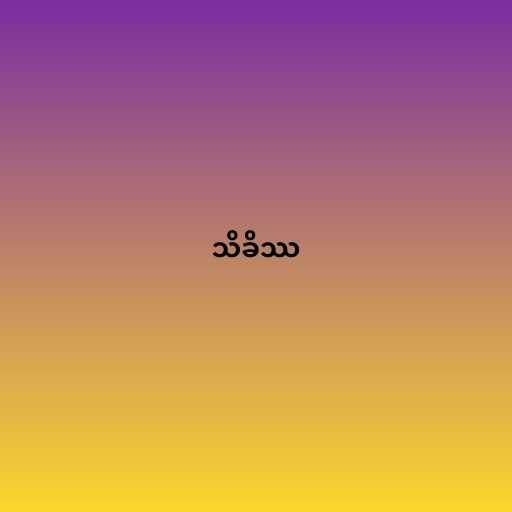
သိခိဿ